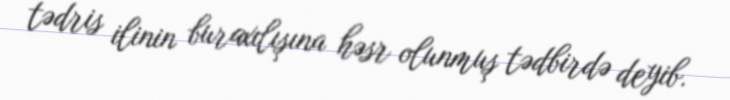
tədris ilinin buraxılışına həsr olunmuş tədbirdə deyib.